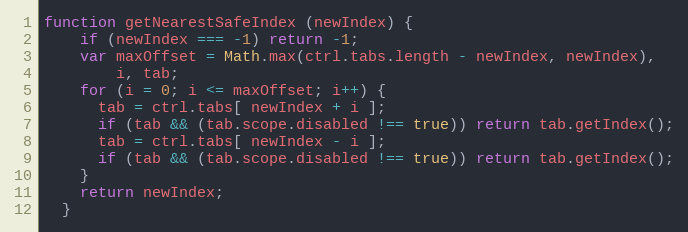
Language: JavaScript
function getNearestSafeIndex (newIndex) {
    if (newIndex === -1) return -1;
    var maxOffset = Math.max(ctrl.tabs.length - newIndex, newIndex),
        i, tab;
    for (i = 0; i <= maxOffset; i++) {
      tab = ctrl.tabs[ newIndex + i ];
      if (tab && (tab.scope.disabled !== true)) return tab.getIndex();
      tab = ctrl.tabs[ newIndex - i ];
      if (tab && (tab.scope.disabled !== true)) return tab.getIndex();
    }
    return newIndex;
  }